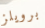
برويلز